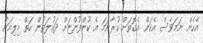
އެހެން ނަމަވެސް އެކަން އެގޮތަށް ކުރާނަމަ އެ ކުންފުންޏަށް ދައުލަތުން ހަތް މިލިއަން